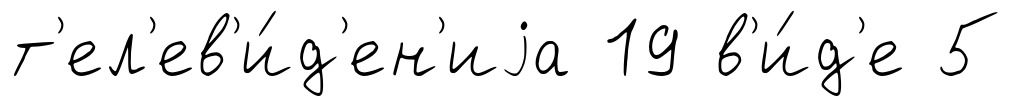
т'ел'ев'и́д'ен'иjа 19 в'и́д'е 5